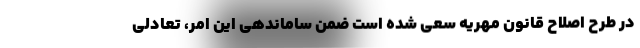
در طرح اصلاح قانون مهریه سعی شده است ضمن ساماندهی این امر، تعادلی